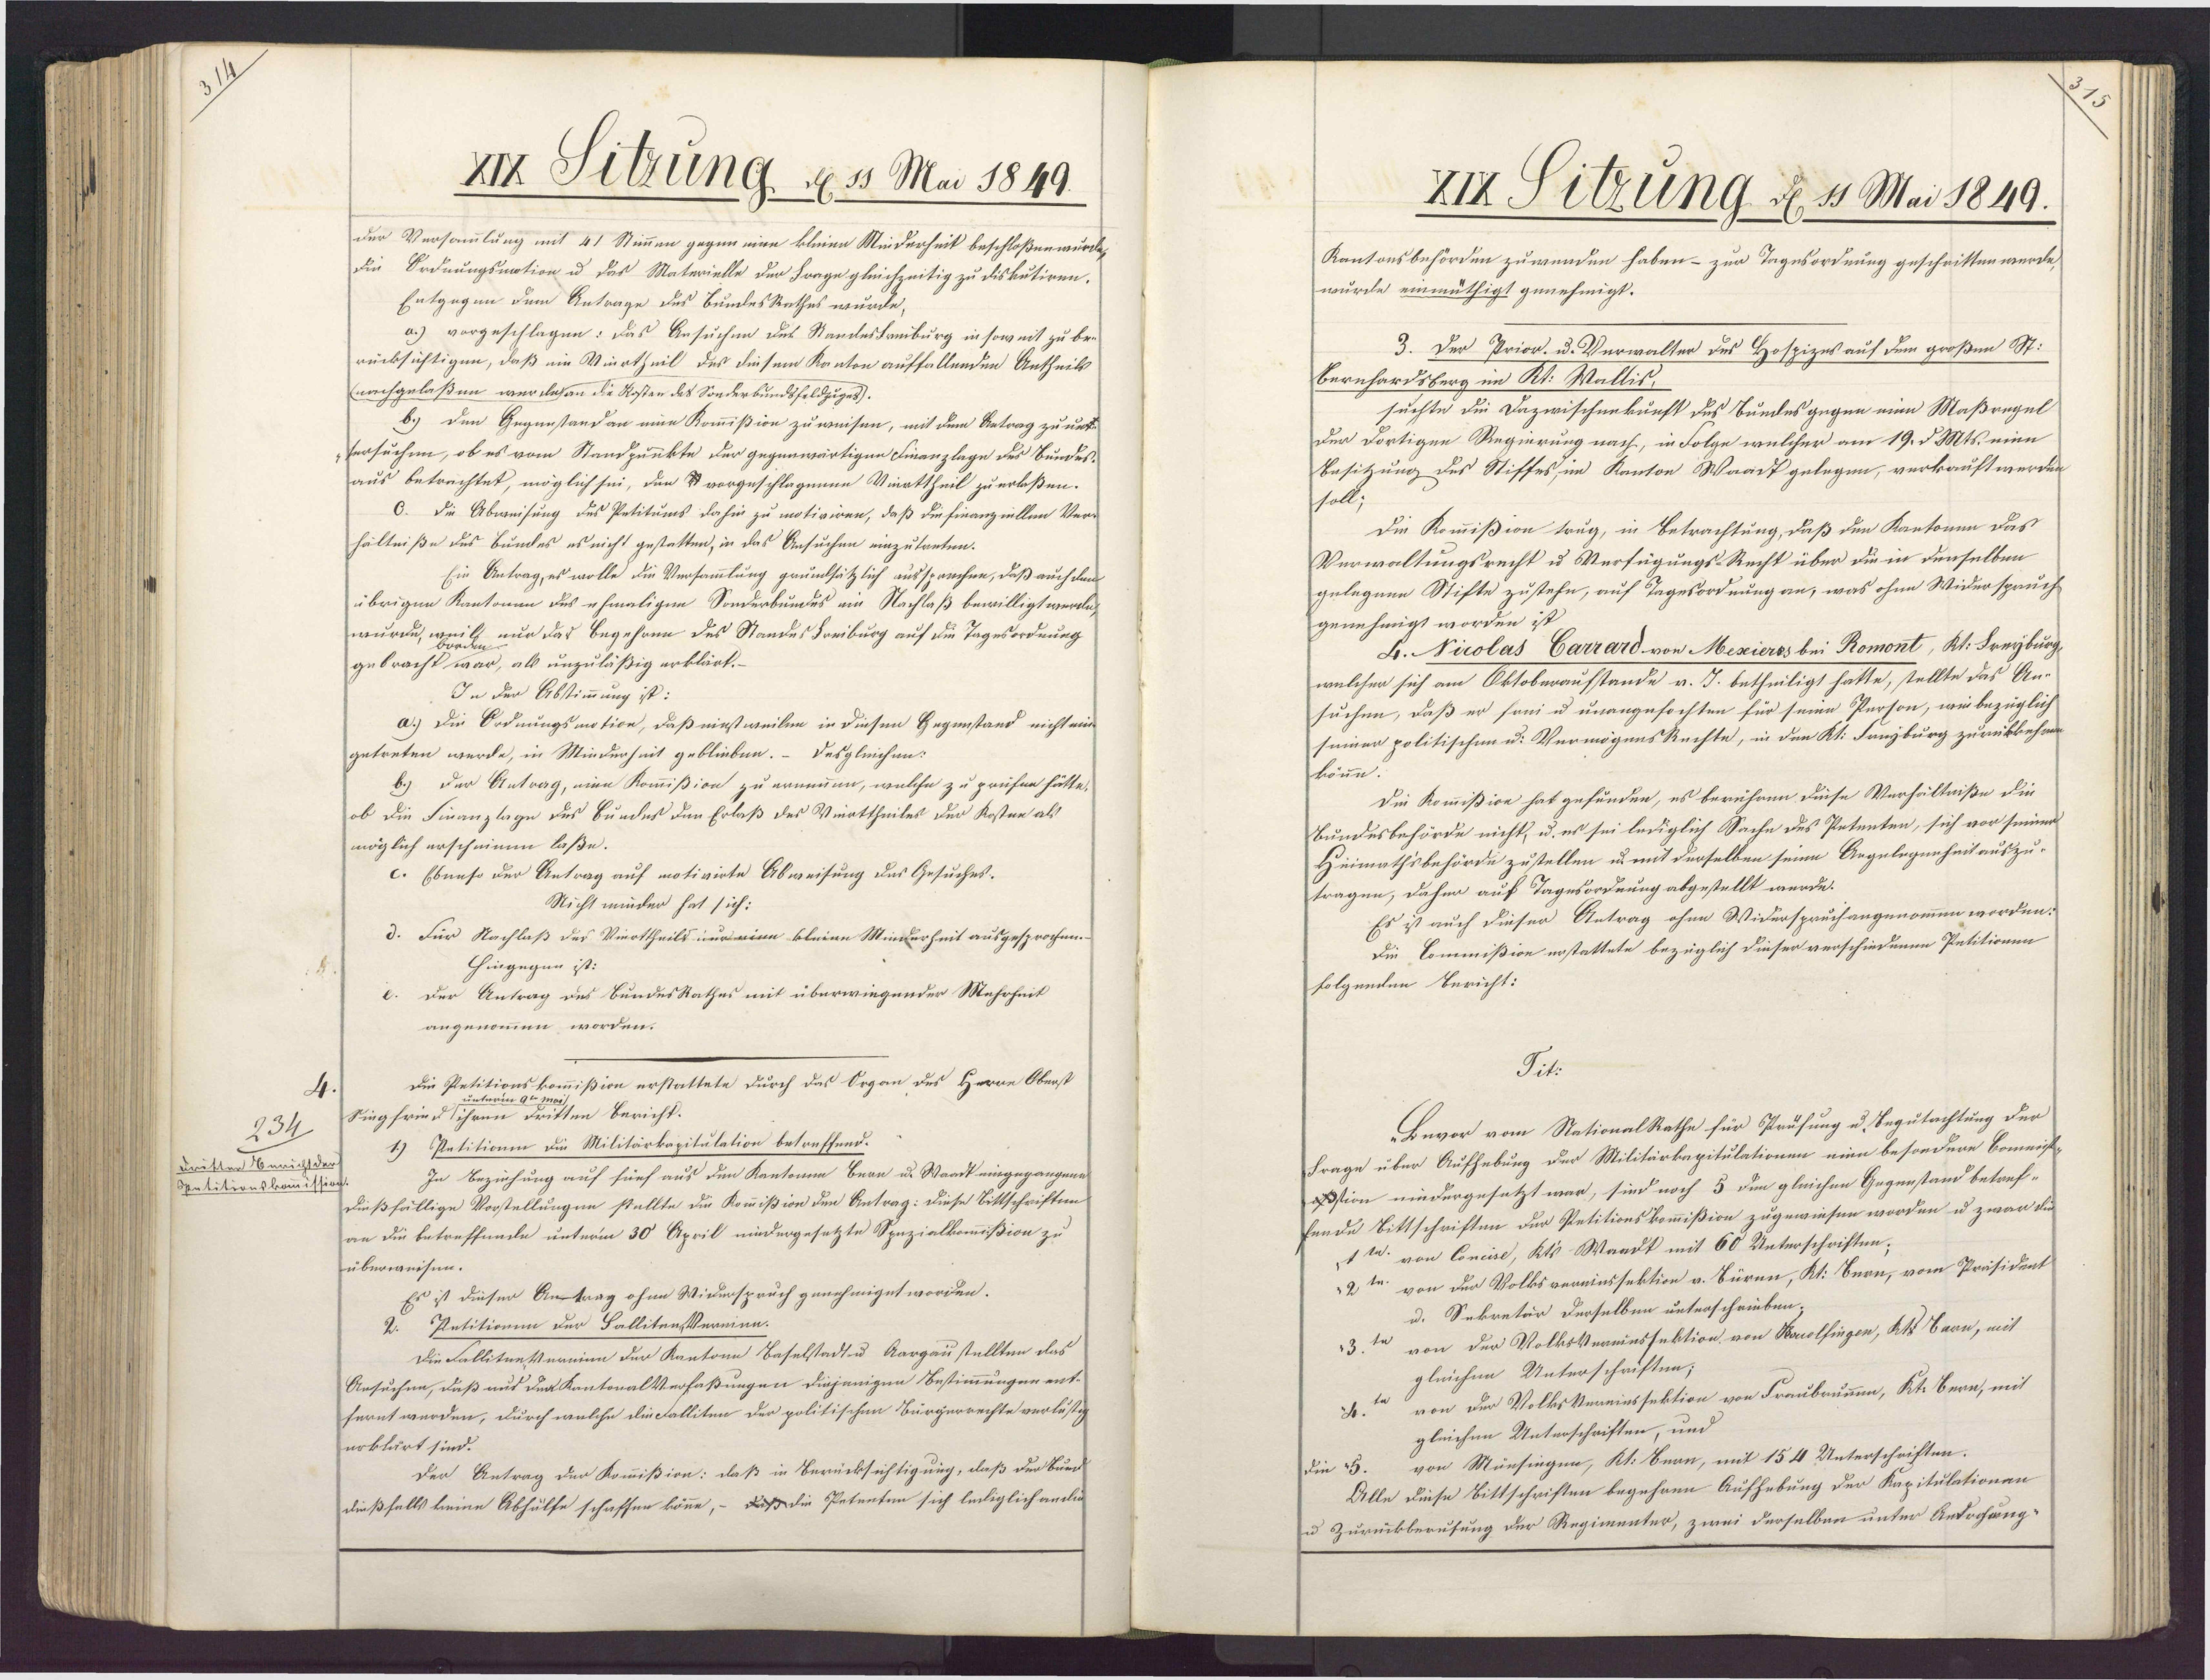
234
Drutter Beruchtder
Spntitionskomission

XIx Sitzung, d 15 Mai 1849.
der Versammlung mit 41 Stimmen gegen eine kleine Minderheit beschloßen wurde,
Eie Ordnungsnation u das Materielle der Frage gleichzeitig zu diskutiren.
Entgegen dem Antrage des BundesRathes wurde,
a.) vorgeschlagen: das Ansuchen des Standestreiburg in soweit zu br¬
rücksichtigen, daß ein Vinrtheil des diesem Kanton auffallenden Antheils
(nachgelaßen werdehan die Kosten des Sonderbundsfeldzuges).
b.) den Gegenstandan eine Kommißion zuweisen, mit dem Aetrag zu unt¬
sersuchen, ob es vom Standpunkte der gegenwärtigen Finanzlage des Bundes¬
aus betrachtet, möglich sei, den  vorgeschlagenen Vierttheil zu erlaßen.
C. Die Abweisung des Petitums dahin zu motiviren, daß die finanziellen Ver¬
hältniße des Bundes es nicht gestatten, in das Ansuchen einzutreten.
Ein Antrag, es wolle die Versammlung grundsätzlich aussprechen, daß auch den
übrigen Kantonen des ehmaligen Sonderbundes am Nachlaß bewilligt werde,
wurde, weill nur das Begehren des Standes Freiburg auf die Tagesordnung
gebracht war, als unzuläßig erklärt.
In der Abstimmung ist:
a.) Die Ordnungsmotion, daß einstweilen in diesen Gegenstand nicht eine
getreten werde, in Minderheit geblieben. – Desgleichun:
b.) Der Antrag, eien Kommißion zu erneuen, welche zu prüfen hätte,
ob die Finanzlage des Bundes den Erlaß des Vierttheiles der Kosten als
möglich erscheinen laße.
c. Ebenso der Antrag auf motivirte Abweisung des Gesuches¬
Nichtmider hat sich:
d. Für Nachlaß des Vierttheils nur eine kleine Minderheit ausgesprochen.
hingegen ist:
e. Der Antrag des BundesRathes mit überwiegender Mehrheit
angenommen worden.
Die Petitionskommißion erstattete durch das Organ des Herrn Oberst
Singfrind ihren Fritten Bericht.
Petitionen die Militärkapitulation betreffend.
In Beziehung auf füef aus den Kantonen Bean u. Waadt eingegangene
dießfällige Vorstellungen stellte die Kommißion den Antrag: Diese Bittschriften
an die betreffende unterm 30 April niedergesetzte Spezialkommißion zu
überweisen.
Es ist dieser Antrag ohne Widerspruch genehmiget worden.
2. Petitionem der SallitenVernien.
Die FalliteeVernien der Kantone Baselstadt u Aargaustellten das
Ansuchen, daß aus der KantonalVerfaßungen diejenigen Bestimmungen ent¬
fernt werden, durch welche die Falliten der politischen Bürgerrechte verlustg
erklärt sind.
Der Antrag der Kommißion: daß in Berücksichtigung, daß der Bued
dießfalls keine Abhülfe schaffen könne, – daß die Petenten sich lediglich andi

ZIX Titzung d. 15 Mai 1849.
Kantonsbehörden zuwenden haben – zur Tagesordnung geschritten werde,
wurde einmüthigt genehmigt.
3. Der Prior. u. Verwalter des Hospizes auf dem großen Mt.
Bernhardsberg im Kt. Wallis.
suchte die Dazwischenkunft des Bundes gegen eine Maßregel
Der dortigen Regierung nach, in Folge welcher am 19. d Mts. eine
Besitzung des Stiffes, im Kanton Waadt gelegen, verkauft werden
soll;
Die Kommißion trug, in Betrachtung, daß den Kantonen das
Verwaltungsrecht u Verfügungs-Recht über die in denselben
gelegene Stifte zustehe, auf Tagesordnung an, was ohne Widerspruch
genehmigt worden ist.
L. Nicolas Carrard von Mexieres bei Romont, Kt. Freyburg
welchen sich am Oktobaraufstande v. J. betheiligt hatte, stellte das An¬
suchen, daß er soni u unangefochten für seine Person, wee bezüglich
seiner politischen u. VermögensRechte, in den Kt. Fanyburg zurükkehren
könne.
Die Kommißion hat gefunden, es berühren diese Verhältniße die
Bundesbehörde nicht, u. es sei lediglich Sache des Petenten, sich vor seiner
Heimathsbehörde zustellen u. mit derselben seine Angelegenheit auszu¬
tragen, dahin auf Tagesordnung abgestellt werde.
Es ist auch dieser Antrag ohne Widerspruchangenommen worden.
Die Commißion erstattete bezüglich dieser verschiedenen Petitionen
folgenden Bericht:
Tit:
Bevor vom Nationalkathe für Prüfung u. Begutachtung der
Frage über Aufhebung der Militärkapitulationen eine besondere Bomeis¬
astion niedergesetzt war, sind noch 3 den gleichen Gegenstand betref¬
fende Bittschriften der Petitionskommißion zugewiesen worden u zwar di
1 W. von Concise, Kts Waadt mit 60 Unterschriften;
2te von der Volksvereinssektion v. Büren, Kt. Bern, vom Präsident
u. Sekretär derselben unterschrieben.
von der VolksVereinssektion von Kocolfingen, Kts Barn, mit
gleichen Unterschriften;
von der VolksVereinssektion von Fraubrummen, Kt. Bern, mit
3.
gleichen Unterschriften, und
von Münsingen, Kt. Bern, mit 154 Unterschriften.
die 15.
Alle diese Bittschriften begehren Aufhebung der Kapitulationen
u Zurückberufung der Regimenter, zwei derselben unter Androhung